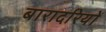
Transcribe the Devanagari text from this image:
बारादरियों